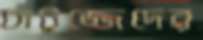
চাটুজ্জেদের